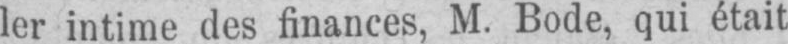
ler intime des finances, M. Bode, qui était